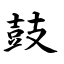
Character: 鼓